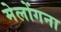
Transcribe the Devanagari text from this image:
मेलोंगना